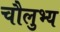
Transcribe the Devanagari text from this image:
चौलुभ्य